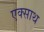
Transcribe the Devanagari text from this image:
एक्साथ